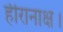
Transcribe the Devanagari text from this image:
हीरानाक्ष।